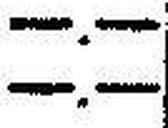
—.—